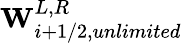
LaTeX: \mathbf{W}_{i+1/2,unlimited}^{L,R}